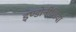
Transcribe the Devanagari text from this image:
इण्डोनीशिया